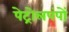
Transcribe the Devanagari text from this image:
पेट्रोलपंपों